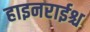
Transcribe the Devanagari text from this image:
हाइनराईश्च